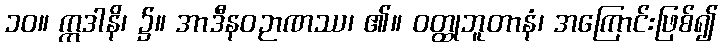
၁၀။ ဣဒါနိ၊ ၌။ အာဒီနဝဉာဏဿ၊ ၏။ ဝတ္ထုဘူတာနံ၊ အကြောင်းဖြစ်၍